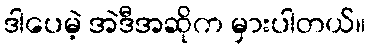
ဒါပေမဲ့ အဲဒီအဆိုက မှားပါတယ်။